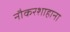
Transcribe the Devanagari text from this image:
नौकरशाहाना